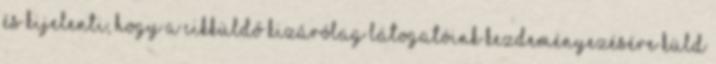
és kijelenti, hogy a cikküldő kizárólag látogatóink kezdeményezésére küld